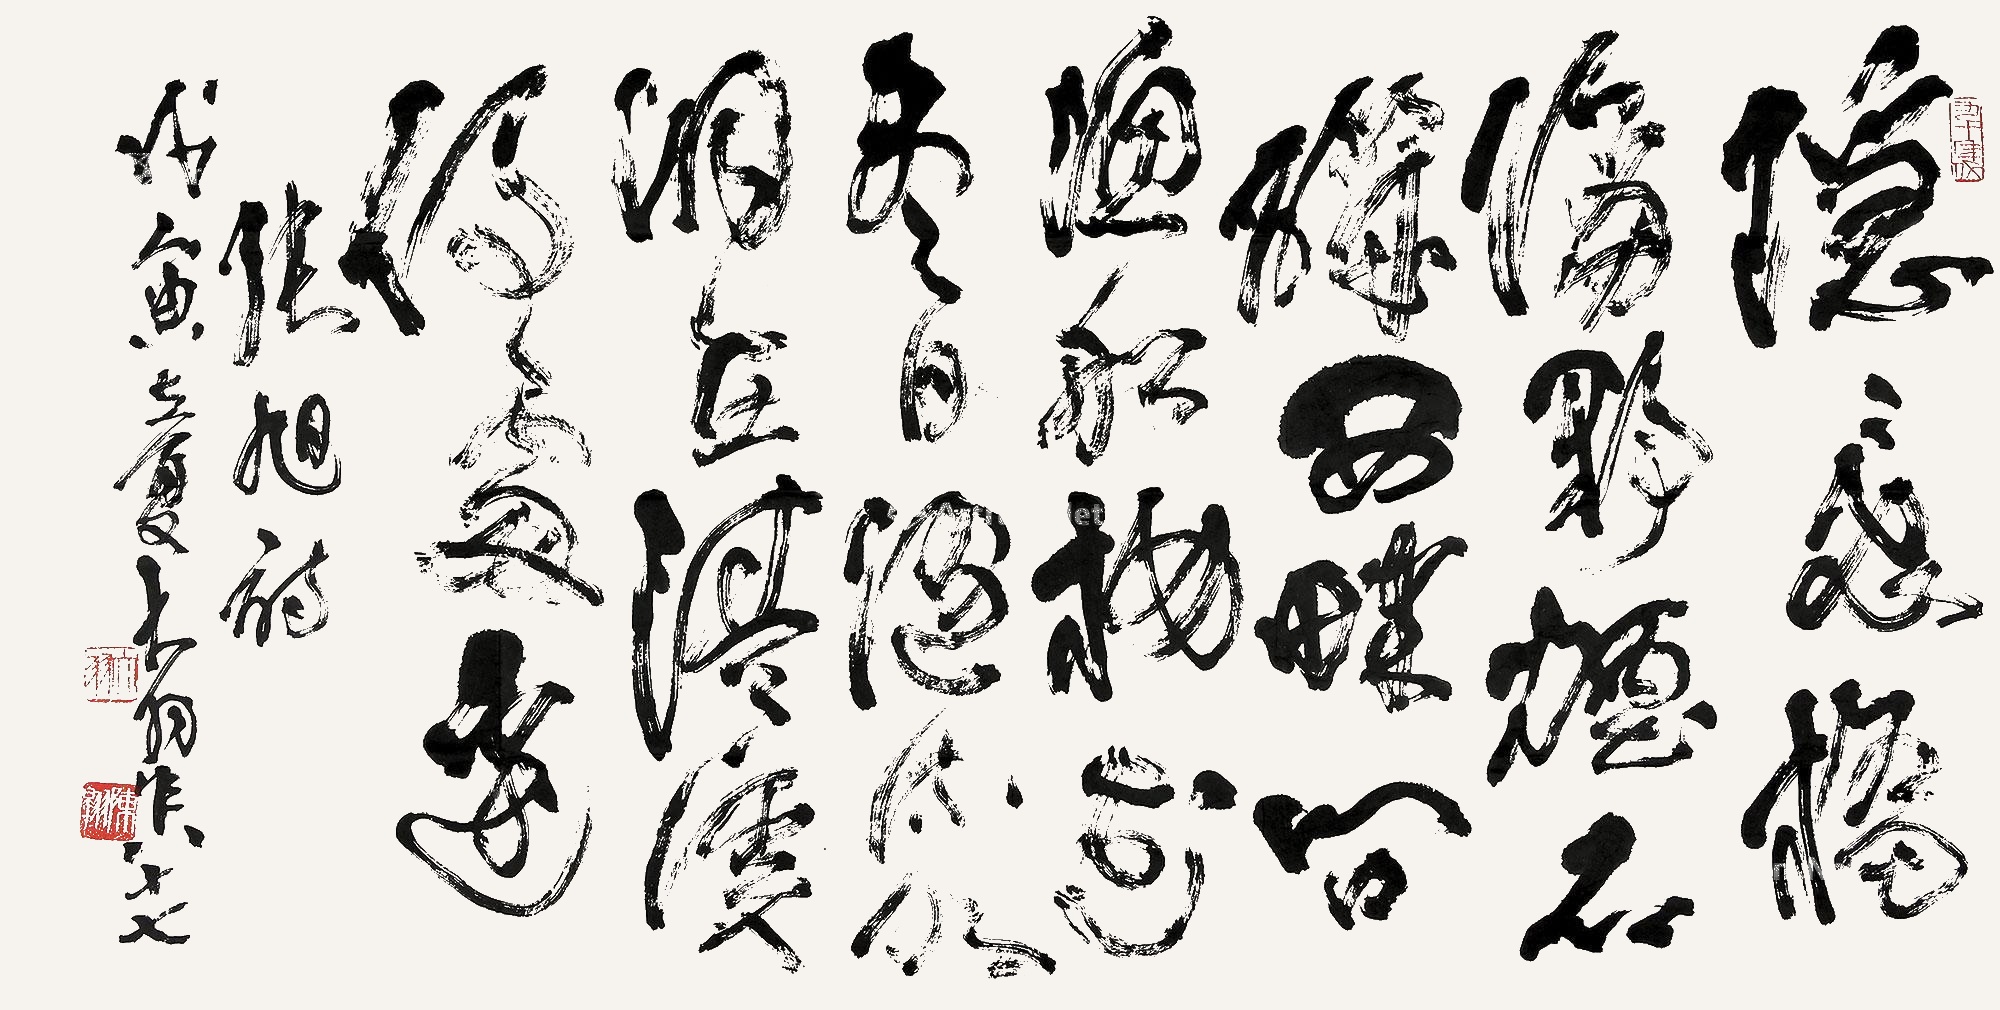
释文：隐隐飞桥隔野烟，石矶西畔问渔船。桃花尽日随流水，洞在清溪何处边。张旭诗。戊寅（1998年）立夏，大羽年八十七。